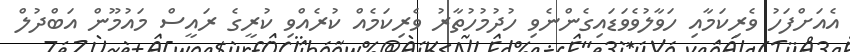
އެއަށްފަހު ވެރިކަމާއި ހަވާލުވެވަޑައިގެންނެވި ހުދުމުހުތާރު ވެރިކަމެއް ކުރެއްވި ކުރީގެ ރައީސް މައުމޫން އަބްދުލް